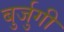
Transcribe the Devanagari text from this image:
बुर्जुगी